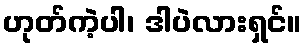
ဟုတ်ကဲ့ပါ၊ ဒါပဲလားရှင်။